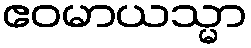
ဧဝမာယသ္မာ